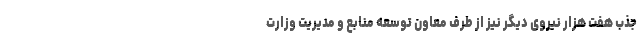
جذب هفت هزار نیروی دیگر نیز از طرف معاون توسعه منابع و مدیریت وزارت